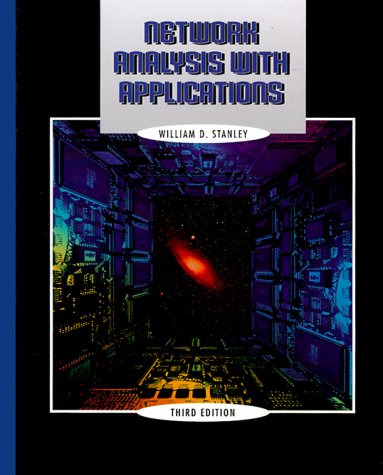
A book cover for Network Analysis with Applications (3rd Edition); William D. Stanley; Computers & Technology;